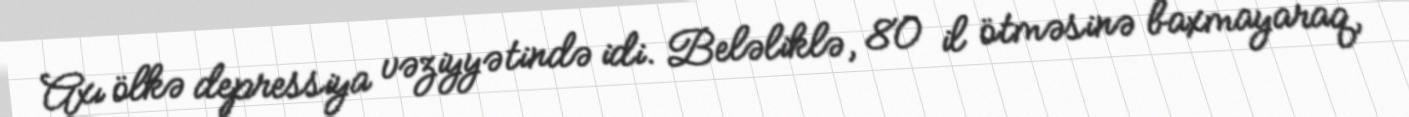
Axı ölkə depressiya vəziyyətində idi. Beləliklə, 80 il ötməsinə baxmayaraq,